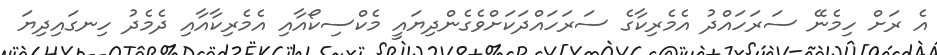
އެ ރަށް ހިމެނޭ ސަރަހައްދު އެމެރިކާގެ ސަރަހައްދަކަށްވެގެންދިޔައީ މެކްސިކޯއާއި އެމެރިކާއާއި ދެމެދު ހިނގައިދިޔަ